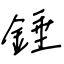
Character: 錘